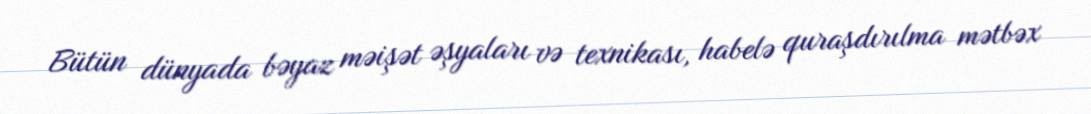
Bütün dünyada bəyaz məişət əşyaları və texnikası, habelə quraşdırılma mətbəx